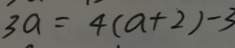
3 a = 4 ( a + 2 ) - 3